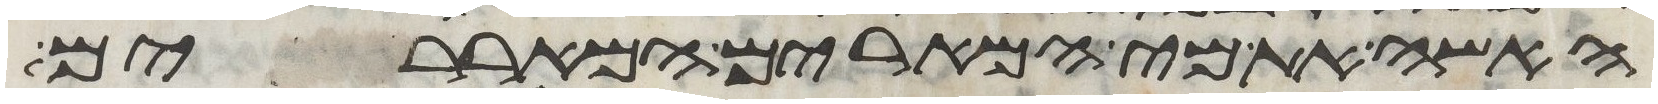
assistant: האשה את מי המרים המאררים